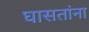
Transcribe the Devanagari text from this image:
घासतांना